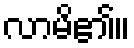
လာမိ၏။